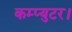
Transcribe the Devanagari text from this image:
कम्प्युटर।